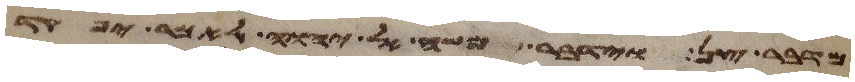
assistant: מדבר צן וידבר משה אל יהוה לאמר יפקד